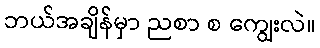
ဘယ်အချိန်မှာ ညစာ စ ကျွေးလဲ။